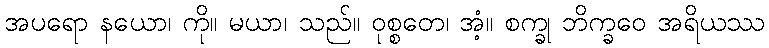
အပရော နယော၊ ကို။ မယာ၊ သည်။ ဝုစ္စတေ၊ အံ့။ စက္ခု ဘိက္ခဝေ အရိယဿ